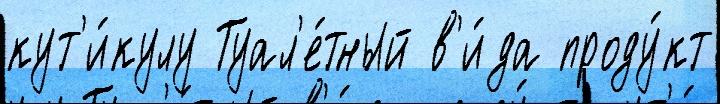
кут'и́кулу Туал'е́тный в'и́да проду́кт